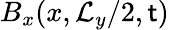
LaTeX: B_{x}(x,\mathcal{L}_{y}/2,\mathsf{t})